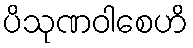
ပိသုဏဝါစေဟိ